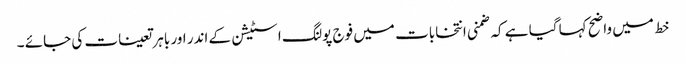
خط میں واضح کہا گیا ہے کہ ضمنی انتخابات میں فوج پولنگ اسٹیشن کے اندر اور باہر تعینات کی جائے ۔